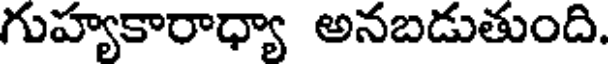
గుహ్యకారాధ్యా అనబడుతుంది.